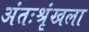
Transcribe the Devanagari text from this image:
अंतःश्रृंखला